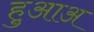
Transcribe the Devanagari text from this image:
हुआअ